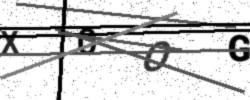
Text: X0OG